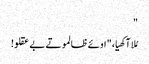
"
مُلا آکھیا، " اوئے ظالمو تے بے عقلو!